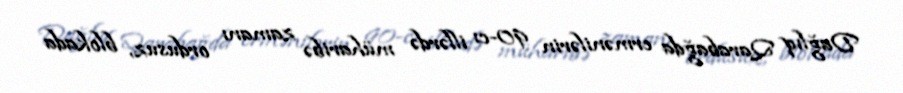
Dağlıq Qarabağda ermənilərin 90-cı illərdə müharibə zamanı ordusuz, blokada